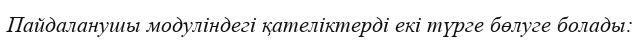
Пайдаланушы модуліндегі қателіктерді екі түрге бөлуге болады: